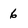
Character: 6